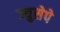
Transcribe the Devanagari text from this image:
ज्युसेपे